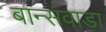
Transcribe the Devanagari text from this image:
बान्सवाडा